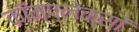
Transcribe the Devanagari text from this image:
कॉम्प्लेक्सों